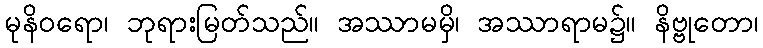
မုနိဝရော၊ ဘုရားမြတ်သည်။ အဿာမမှိ၊ အဿာရာမ၌။ နိဗ္ဗုတော၊